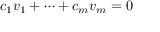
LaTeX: c _ { 1 } v _ { 1 } + \cdots + c _ { m } v _ { m } = 0